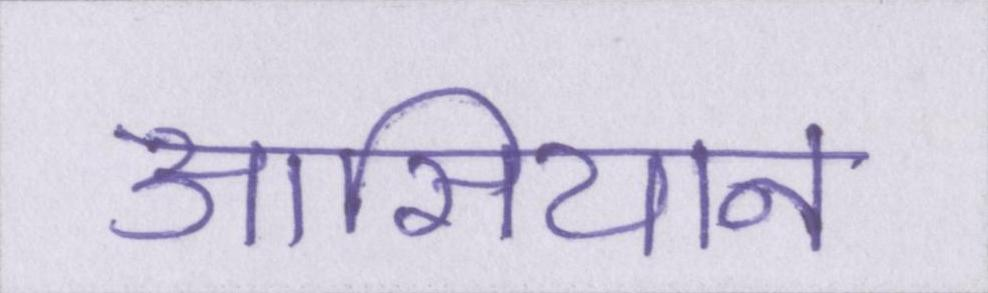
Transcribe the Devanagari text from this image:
आसियान